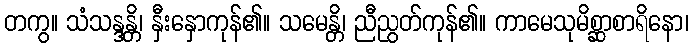
တကွ။ သံသန္ဒန္တိ၊ နှီးနှောကုန်၏။ သမေန္တိ၊ ညီညွတ်ကုန်၏။ ကာမေသုမိစ္ဆာစာရိနော၊